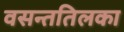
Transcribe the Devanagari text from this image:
वसन्ततिलका